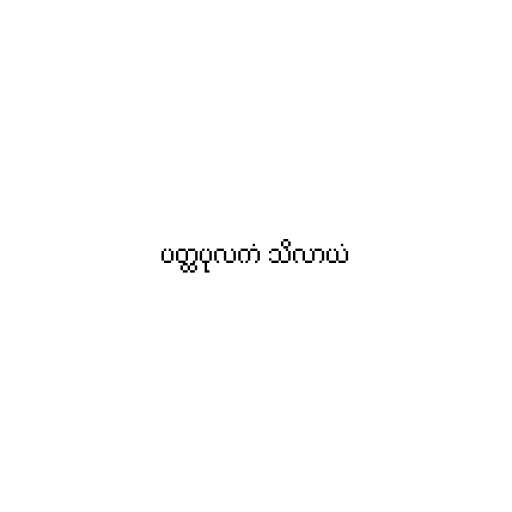
ပတ္ထပုလကံ သိလာယံ